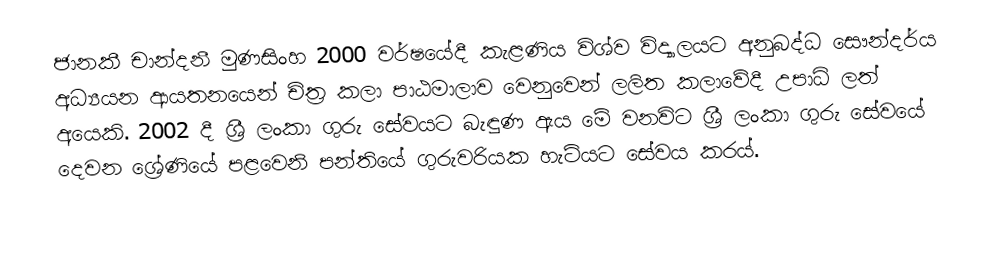
ජානකී චාන්දනී මුණසිංහ 2000 වර්ෂයේදී කැළණිය විශ්ව විද්‍යාලයට අනුබද්ධ සෞන්දර්ය අධ්‍යයන ආයතනයෙන් චිත්‍ර කලා පාඨමාලාව වෙනුවෙන් ලලිත කලාවේදී උපාධි ලත් අයෙකි. 2002 දී ශ්‍රී ලංකා ගුරු සේවයට බැඳුණ ඇය මේ වනවිට ශ්‍රී ලංකා ගුරු සේවයේ දෙවන ශ්‍රේණියේ පළවෙනි පන්තියේ ගුරුවරියක හැටියට සේවය කරය්.